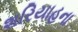
શરિયાહના